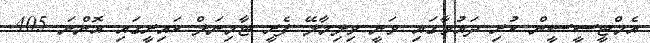
އެމްޓީސީސީން ކުރި ދައުވާގައި ވަނީ ވިލިމާލޭ ފެރީ ޓާމިނަލް ކައިރީގައި އޮންނަ 405